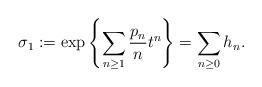
LaTeX: \begin{align*}\sigma_1:=\exp\left\{\sum_{n\geq 1}\frac{p_n}{n}t^n\right\}=\sum_{n\geq 0}h_n.\end{align*}